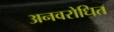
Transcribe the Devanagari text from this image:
अनवरोधित